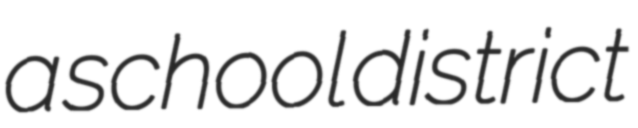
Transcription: a school district